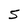
Character: 5